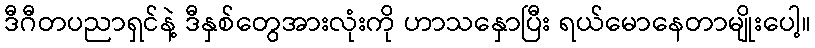
ဒီဂီတပညာရှင်နဲ့ ဒီနှစ်တွေအားလုံးကို ဟာသနှောပြီး ရယ်မောနေတာမျိုးပေါ့။